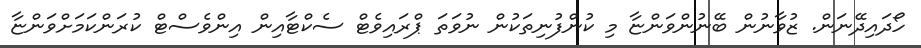
ހޯދައިދޭނަން. ޒުވާނުން ބޭނުންވަންޏާ މި ކުންފުނިތަކުން ނުވަތަ ޕްރައިވެޓް ސެކްޓާއިން އިންވެސްޓް ކުރަންކަމަށްވަންޏާ